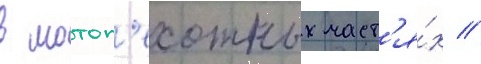
в мотоп'ехотных част'я́х //